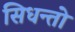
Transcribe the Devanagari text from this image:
सिधन्तो